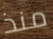
منذ